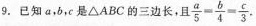
9.已知a，b，c是△ABC的三边长；且 $$\frac { a } { 5 } = \frac { b } { 4 } = \frac { c } { 3 }$$